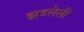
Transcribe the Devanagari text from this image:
झडलेली